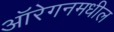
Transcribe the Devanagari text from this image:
ऑरेगनमधील